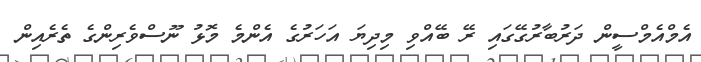
އެމްއެމްސީން ދަރުބާރުގޭގައި ރޭ ބޭއްވި މިދިޔަ އަހަރުގެ އެންމެ މޮޅު ނޫސްވެރިންގެ ތެރެއިން